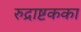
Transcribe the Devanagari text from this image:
रुद्राष्टकका